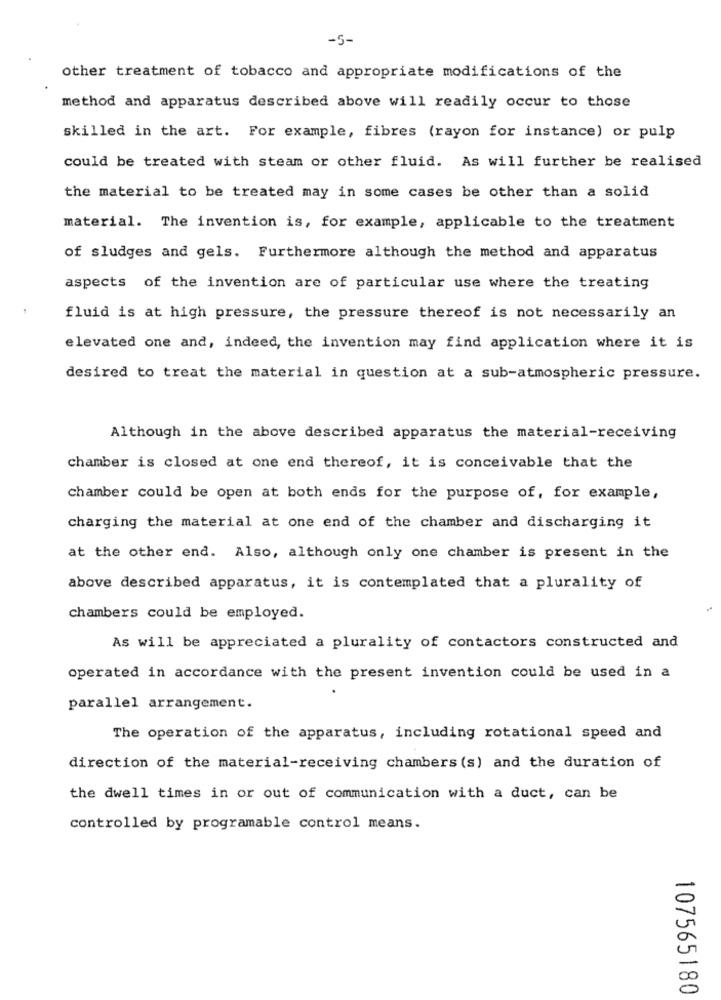
-5-
other treatment of tobacco and appropriate modifications of the
method and apparatus described above will readily occur to those
skilled in the art. For example, fibres (rayon for instance) or pulp
could be treated with steam or other fluid. As will further be realised
the material to be treated may in some cases be other than a solid
material. The invention is, for example, applicable to the treatment
of sludges and gels. Furthermore although the method and apparatus
aspects of the invention are of particular use where the treating
fluid is at high pressure, the pressure thereof is not necessarily an
elevated one and, indeed, the invention may find application where it is
desired to treat the material in question at a sub-atmospheric pressure.
Although in the above described apparatus the material-receiving
chamber is closed at one end thereof, it is conceivable that the
chamber could be open at both ends for the purpose of, for example,
charging the material at one end of the chamber and discharging it
at the other end. Also, although only one chamber is present in the
above described apparatus, it is contemplated that a plurality of
chambers could be employed.
As will be appreciated a plurality of contactors constructed and
operated in accordance with the present invention could be used in a
parallel arrangement.
The operation of the apparatus, including rotational speed and
direction of the material-receiving chambers (s) and the duration of
the dwell times in or out of communication with a duct, can be
controlled by programable control means.
107565180